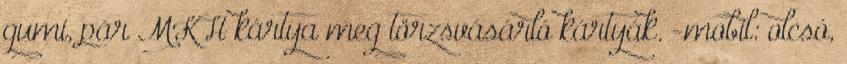
gumi, pár MKH kártya meg törzsvásárló kártyák. -mobil: olcsó,